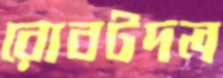
রোবটদল